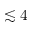
\lesssim 4